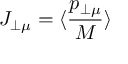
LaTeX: J _ { \perp \mu } = \langle \frac { p _ { \perp \mu } } { M } \rangle